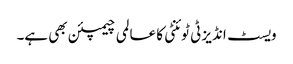
ویسٹ انڈیز ٹی ٹوئنٹی کا عالمی چیمپئن بھی ہے۔